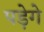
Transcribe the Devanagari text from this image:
पडे़गे